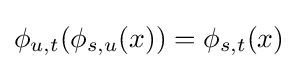
\phi _{u,t}(\phi _{s,u}(x))=\phi _{s,t}(x)